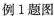
例1题图